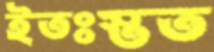
ইতঃস্তত